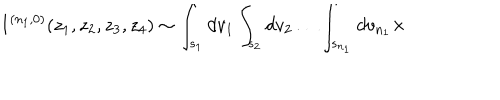
I ^ { ( n _ { 1 } , 0 ) } ( z _ { 1 } , z _ { 2 } , z _ { 3 } , z _ { 4 } ) \sim \int _ { s _ { 1 } } d v _ { 1 } \int _ { s _ { 2 } } d v _ { 2 } \ldots \int _ { s _ { n _ { 1 } } } d v _ { n _ { 1 } } \times